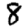
Digit: 8